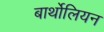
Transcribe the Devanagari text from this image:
बार्थोलियन